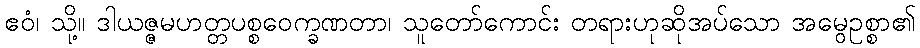
ဧဝံ၊ သို့။ ဒါယဇ္ဇမဟတ္တပစ္စဝေက္ခဏတာ၊ သူတော်ကောင်း တရားဟုဆိုအပ်သော အမွေဥစ္စာ၏